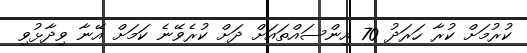
ކުރުމަށް ކުރާ ހަރަދު 70 އިންސައްތައަށް ދަށް ކުރެވޭނެ ކަމަށް އޭނާ ވިދާޅުވި